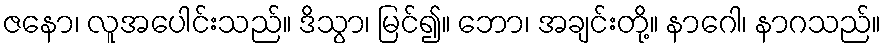
ဇနော၊ လူအပေါင်းသည်။ ဒိသွာ၊ မြင်၍။ ဘော၊ အချင်းတို့။ နာဂေါ၊ နာဂသည်။